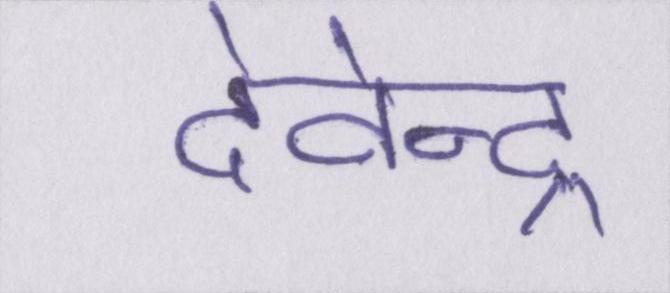
देवेन्द्र